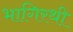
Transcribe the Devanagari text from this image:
भागिरथी